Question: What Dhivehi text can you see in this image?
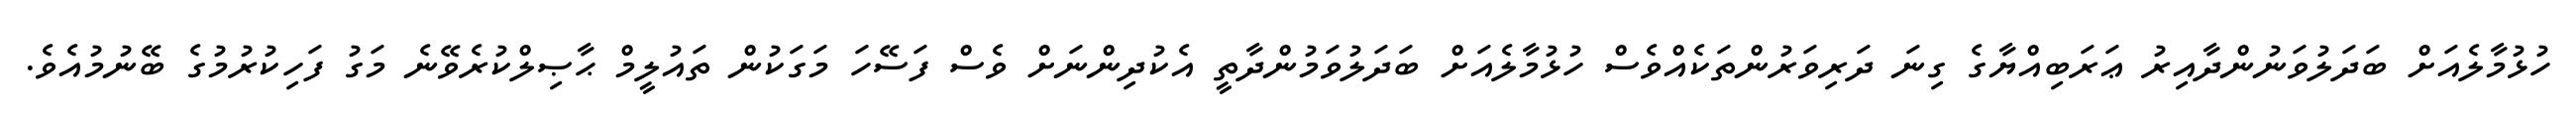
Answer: ހުޅުމާލެއަށް ބަދަލުވަނުންދާއިރު ޢަރަބިއްޔާގެ ގިނަ ދަރިވަރުންތަކެއްވެސް ހުޅުމާލެއަށް ބަދަލުވަމުންދާތީ އެކުދިންނަށް ވެސް ފަސޭހަ މަގަކުން ތައުލީމް ޙާޞިލްކުރެވޭނެ މަގު ފަހިކުރުމުގެ ބޭނުމުއެވެ.